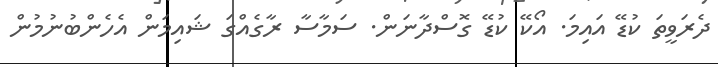
ދެރަވީތަ ކުޑޭ އައިމަ. އޯކޭ ކުޑޭ ގޮސްދާނަން. ސަމާސާ ރާގެއްގަ ޝައިމަން އެހެންބުނުމުން